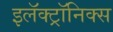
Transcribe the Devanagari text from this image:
इलॅक्ट्रॉनिक्स